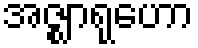
အဇ္ဈာရုဟော